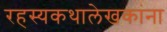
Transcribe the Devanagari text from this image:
रहस्यकथालेखकांना